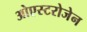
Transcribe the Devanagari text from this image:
ओएस्टरोजेन